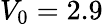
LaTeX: V_{0}=2.9